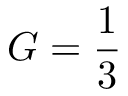
G = \frac { 1 } { 3 }